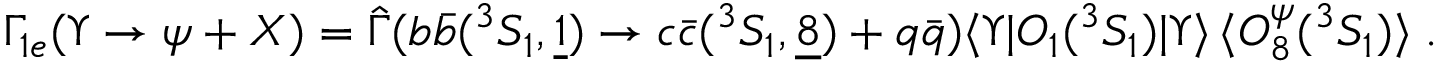
\Gamma _ { 1 e } ( \Upsilon \to \psi + X ) = \hat { \Gamma } ( b \bar { b } ( ^ { 3 } S _ { 1 } , \underline { { { 1 } } } ) \to c \bar { c } ( ^ { 3 } S _ { 1 } , \underline { { { 8 } } } ) + q \bar { q } ) \langle \Upsilon \vert O _ { 1 } ( ^ { 3 } S _ { 1 } ) \vert \Upsilon \rangle \, \langle O _ { 8 } ^ { \psi } ( ^ { 3 } S _ { 1 } ) \rangle \; .